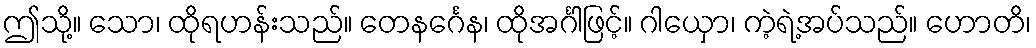
ဤသို့။ သော၊ ထိုရဟန်းသည်။ တေနင်္ဂေန၊ ထိုအင်္ဂါဖြင့်။ ဂါယှော၊ ကဲ့ရဲ့အပ်သည်။ ဟောတိ၊